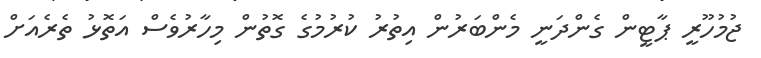
ޖުމުހޫރީ ޕާޓީން ގެންދަނީ މެންބަރުން އިތުރު ކުރުމުގެ ގޮތުން މިހާރުވެސް އަތޮޅު ތެރެއަށް